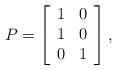
LaTeX: \begin{align*}P =\left[\begin{array}{cc}1 & 0\\1 & 0\\0 & 1\end{array} \right],\end{align*}